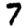
Digit: 7